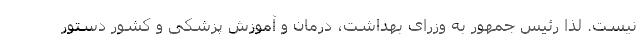
نیست. لذا رئیس جمهور به وزرای بهداشت، درمان و آموزش پزشکی و کشور دستور